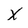
Character: X